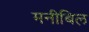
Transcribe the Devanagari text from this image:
मनीबिल